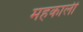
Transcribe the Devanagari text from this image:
महकाली